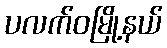
ပလက်ဝမြို့နယ်